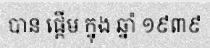
បាន ផ្តើម ក្នុង ឆ្នាំ ១៩៣៩